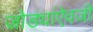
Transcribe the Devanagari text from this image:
जोड्यांऐवजी